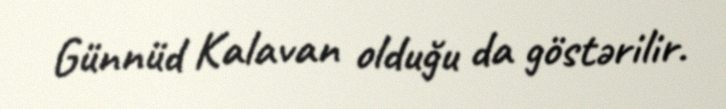
Günnüd Kalavan olduğu da göstərilir.